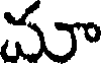
మూ